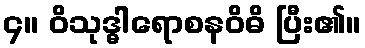
၄။ ဝိသုဒ္ဓါရောစနဝိဓိ ပြီး၏။